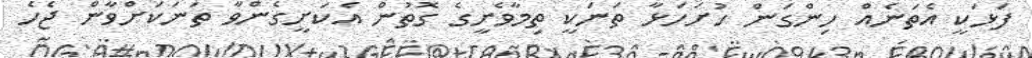
ފަޅަކީ އެތަނެއް ހިންގަން ހުށަހަޅާ ތަނަކީ ތިމާވެށީގެ ގޮތުން އެކަށީގެންވާ ތަނަކަށްވާން ޖެހެ